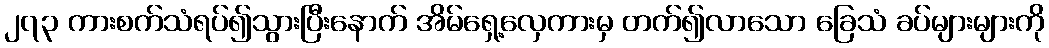
၂၇၃ ကားစက်သံရပ်၍သွားပြီးနောက် အိမ်ရှေ့လှေကားမှ တက်၍လာသော ခြေသံ ခပ်များများကို